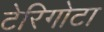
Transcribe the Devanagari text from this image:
टेरिगोटा